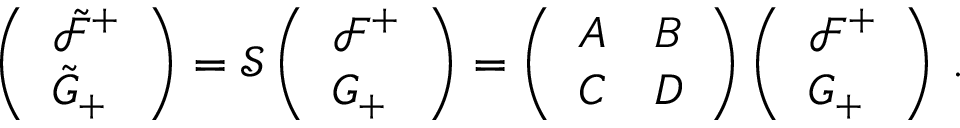
\left( \begin{array} { l } { { \tilde { \mathcal { F } } ^ { + } } } \\ { { \tilde { G } _ { + } } } \end{array} \right) = \mathcal { S } \left( \begin{array} { l } { { \mathcal { F } ^ { + } } } \\ { { G _ { + } } } \end{array} \right) = \left( \begin{array} { l l } { { A } } & { { B } } \\ { { C } } & { { D } } \end{array} \right) \left( \begin{array} { l } { { \mathcal { F } ^ { + } } } \\ { { G _ { + } } } \end{array} \right) \, .